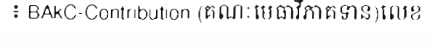
៖ BAkC-Contribution (គណៈមេធាវីភាគទាន)លេខ